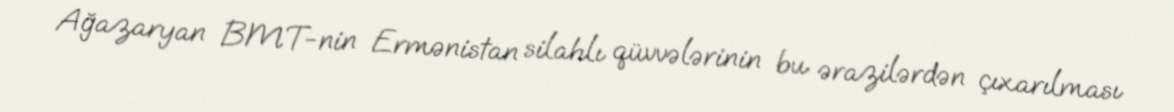
Ağazaryan BMT-nin Ermənistan silahlı qüvvələrinin bu ərazilərdən çıxarılması